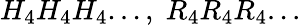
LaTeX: H_{4}H_{4}H_{4}...,\; R_{4}R_{4}R_{4}...